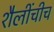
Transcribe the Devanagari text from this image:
शैलींचीच